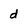
Character: d